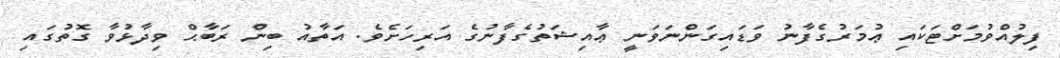
ފިލުއްވުމަށްޓަކައި ޢުމަރުގެފާނު ވަޑައިގަންނަވަނީ ޢާއިޝަތުގެފާނުގެ އަރިހަށެވެ. އަތާއު ބިން ރަބާޙް ވިދާޅުވާ ގޮތުގައި